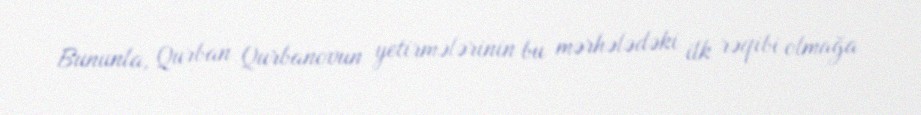
Bununla, Qurban Qurbanovun yetirmələrinin bu mərhələdəki ilk rəqibi olmağa